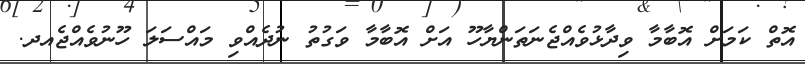
އޮތް ކަމަށް އޮބާމާ ވިދާޅުވެއްޖެނަތަންޔާހޫ އަށް އޮބާމާ ވަގުތު ނުދެއްވި މައްސަލަ ހޫނުވެއްޖެއދ.